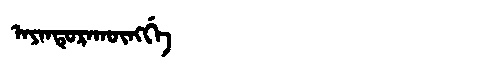
Manchu: ᠠᠶᠠᠨᡨᡠᡵᠠᡴᡡᠩᡤᡝ
Romanization: AYANTURAKŪNGGE